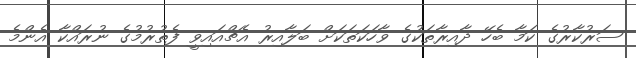
ސަރުކާރުގެ ކަމާ ބެހޭ ދާއިރާތަކުގެ ވާހަކަތަކަށް ބަލާއިރު އެޗްއައިވީ ފެތުރުމުގެ ނުރައްކާ އެންމެ